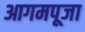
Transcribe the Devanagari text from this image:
आगमपूजा